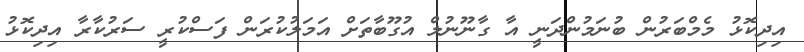
އިދިކޮޅު މެމްބަރުން ބުނަމުންދަނީ އާ ގާނޫނުލް އުގޫބާތަށް އަމަލުކުރަން ފަސްކުރީ ސަރުކާރާ އިދިކޮޅު